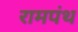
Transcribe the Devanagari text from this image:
रामपंथ